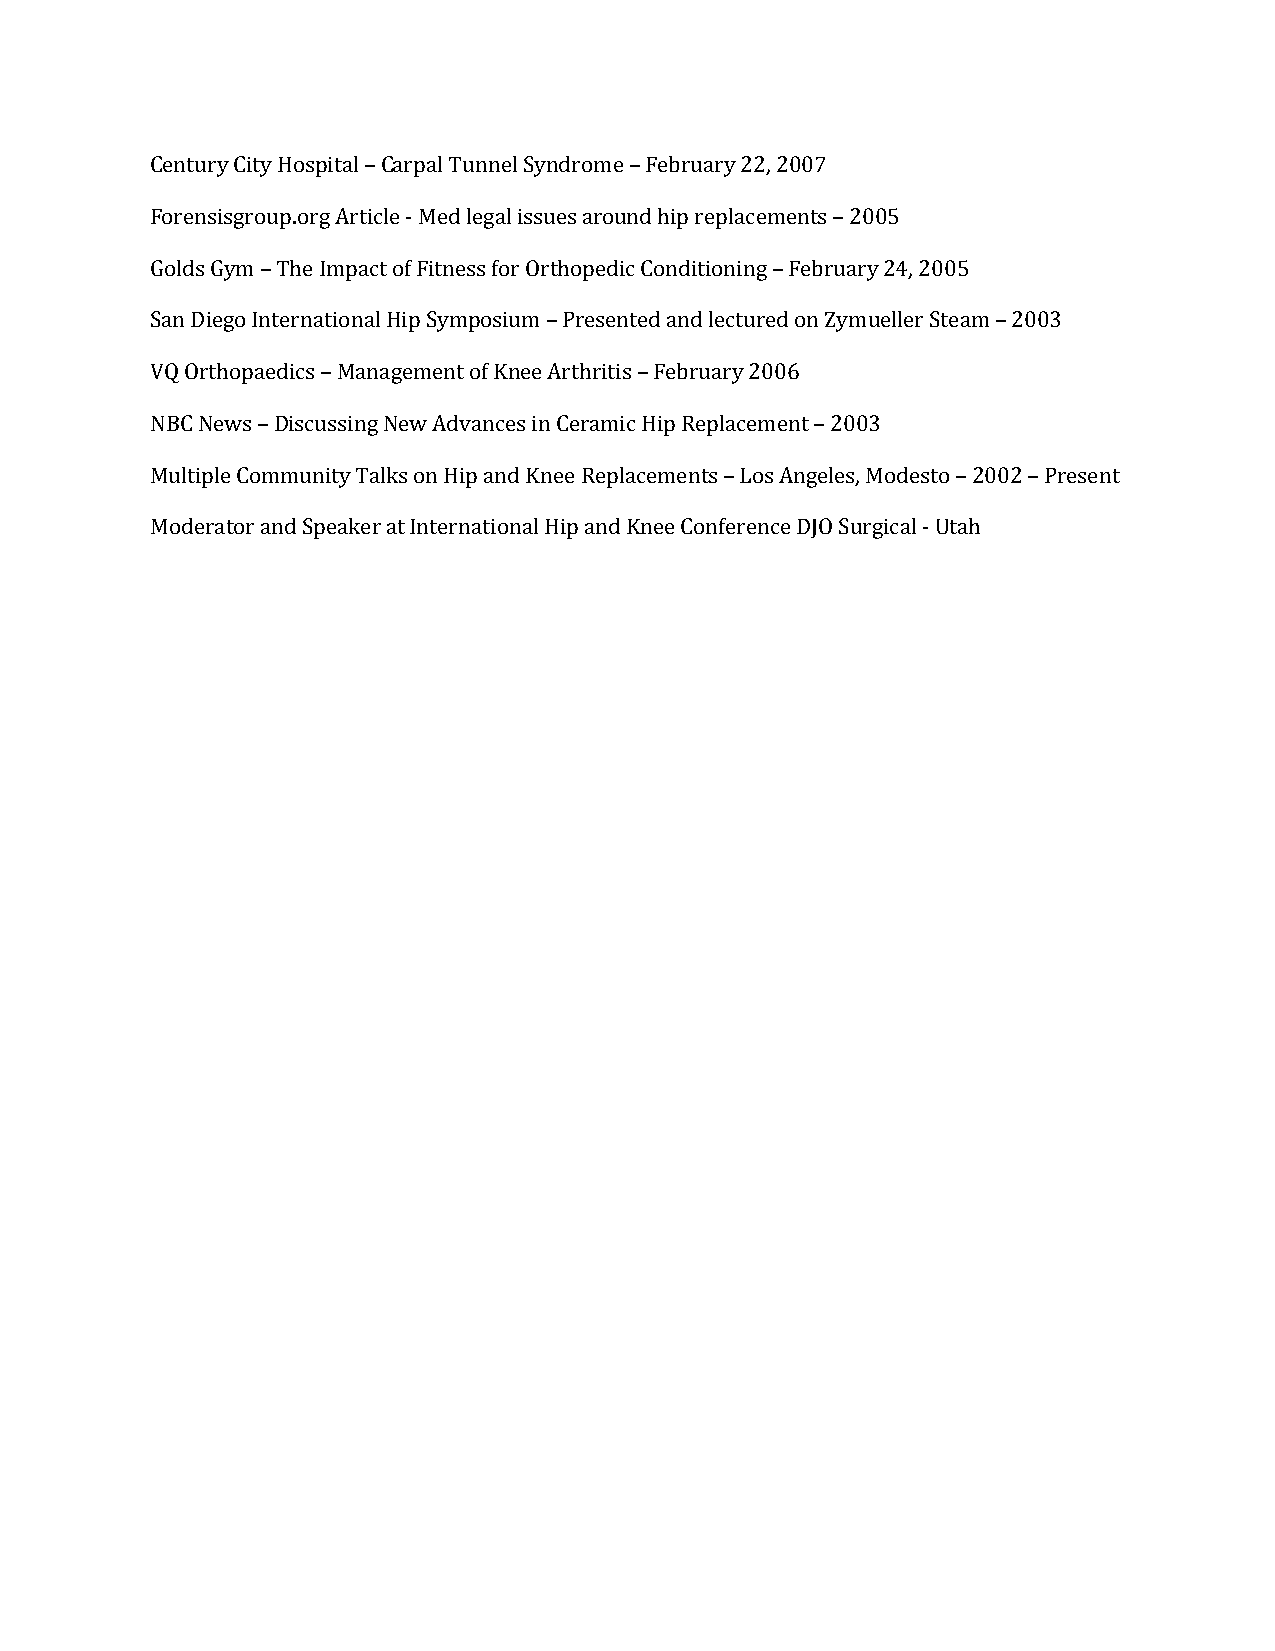
Century City Hospital – Carpal Tunnel Syndrome – February 22, 2007
 Forensisgroup.org Article - Med legal issues around hip replacements – 2005
 Golds Gym – The Impact of Fitness for Orthopedic Conditioning – February 24, 2005
 San Diego International Hip Symposium – Presented and lectured on Zymueller Steam – 2003
 VQ Orthopaedics – Management of Knee Arthritis – February 2006
 NBC News – Discussing New Advances in Ceramic Hip Replacement – 2003
 Multiple Community Talks on Hip and Knee Replacements – Los Angeles, Modesto – 2002 – Present
 Moderator and Speaker at International Hip and Knee Conference DJO Surgical - Utah